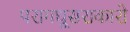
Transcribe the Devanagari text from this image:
परागधूसराकारो